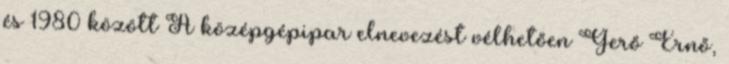
és 1980 között A középgépipar elnevezést vélhetően Gerő Ernő,